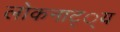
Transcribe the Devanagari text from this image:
लोकनाट््य